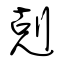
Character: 剋